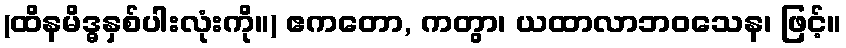
(ထိနမိဒ္ဓနှစ်ပါးလုံးကို။) ဧကတော, ကတွာ၊ ယထာလာဘဝသေန၊ ဖြင့်။